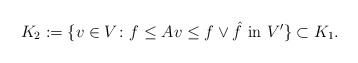
\begin{align*}K_2:=\{v\in V \colon f\le Av\le f \vee \hat{f} \mbox{ in }V' \}\subset K_1.\end{align*}